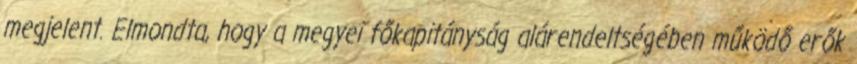
megjelent. Elmondta, hogy a megyei főkapitányság alárendeltségében működő erők